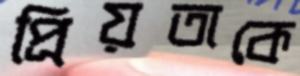
প্রিয়তাকে